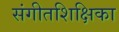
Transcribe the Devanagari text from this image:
संगीतशिक्षिका